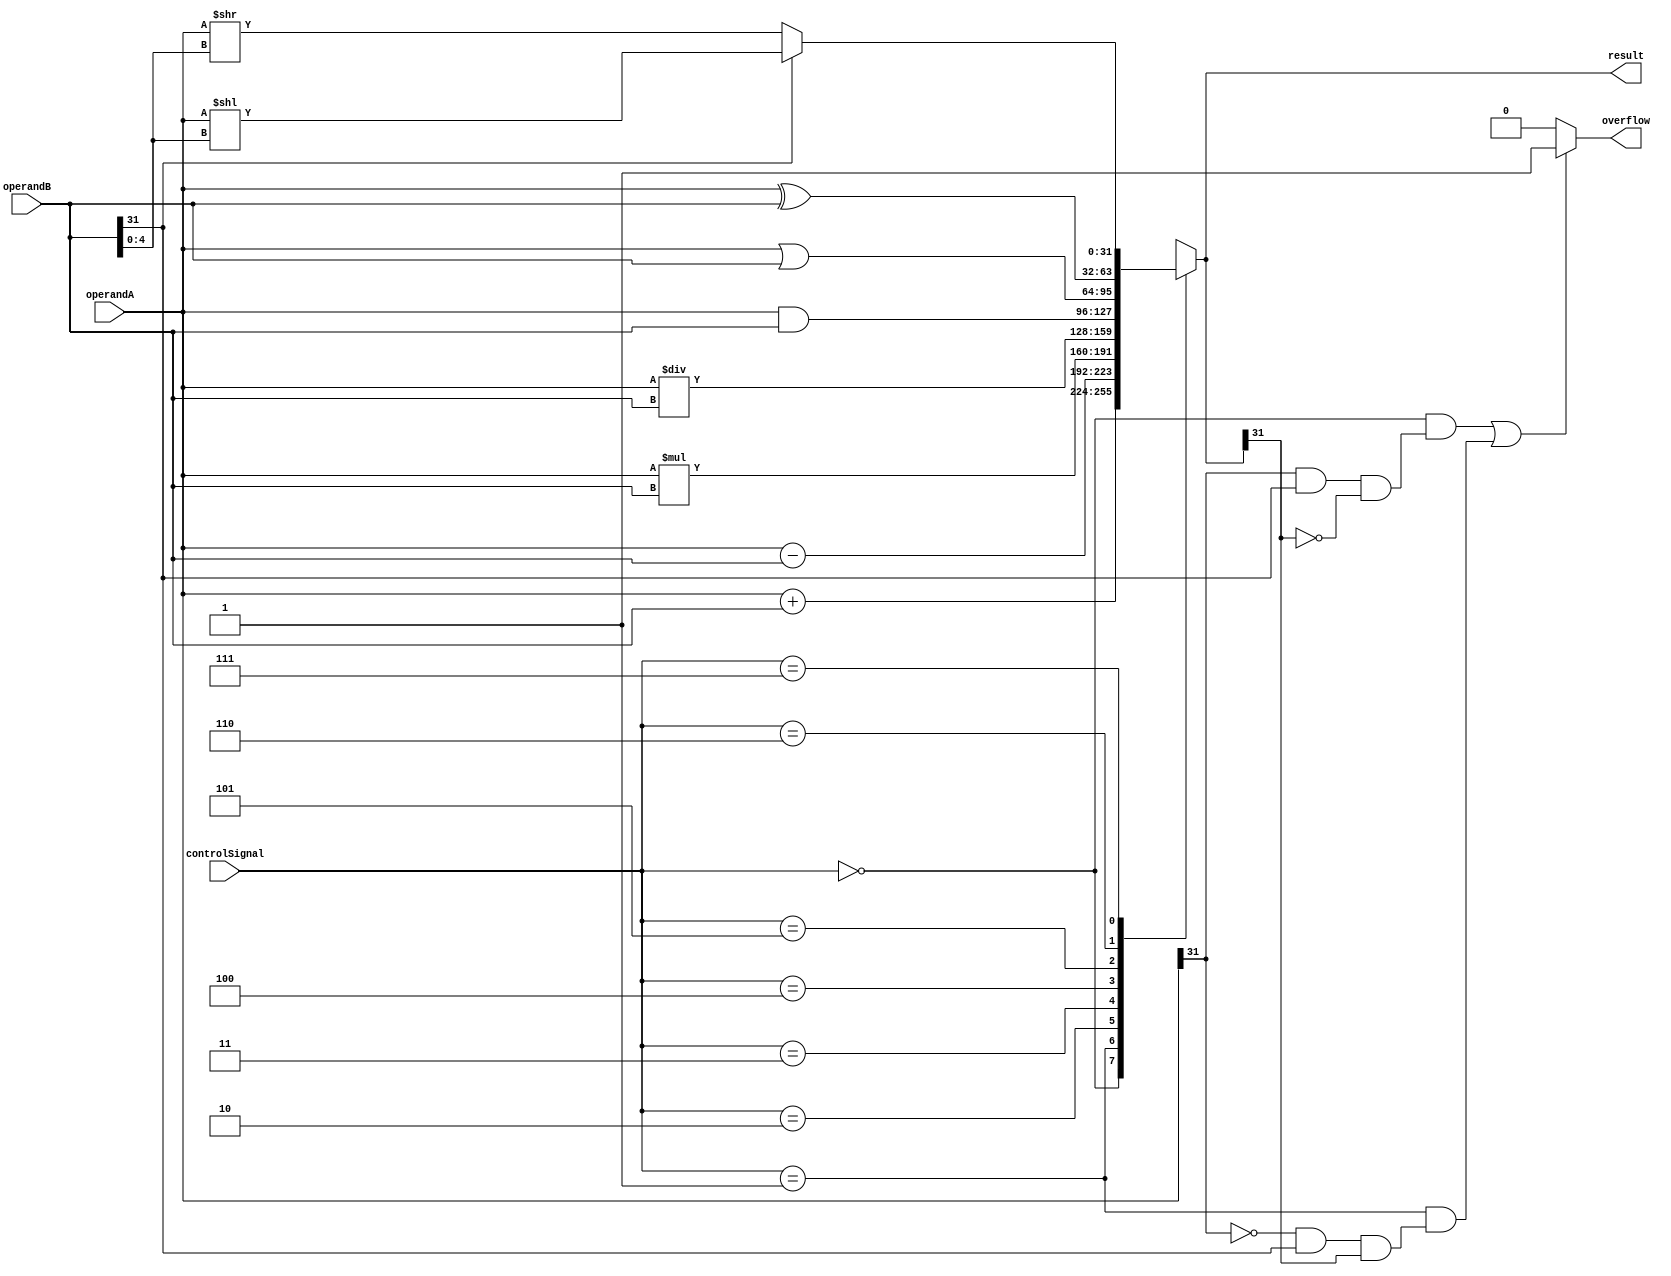
module ALU (
    input [31:0] operandA,
    input [31:0] operandB,
    input [2:0] controlSignal,
    output reg [31:0] result,
    output reg overflow
);

always @ (operandA, operandB, controlSignal) begin
    case (controlSignal)
        3'b000: result = operandA + operandB; // Addition
        3'b001: result = operandA - operandB; // Subtraction
        3'b010: result = operandA * operandB; // Multiplication
        3'b011: result = operandA / operandB; // Division
        3'b100: result = operandA & operandB; // AND
        3'b101: result = operandA | operandB; // OR
        3'b110: result = operandA ^ operandB; // XOR
        3'b111: begin // Shift Operations
            if (operandB[31] == 1) begin
                result = operandA << operandB[4:0];
            end else begin
                result = operandA >> operandB[4:0];
            end
        end
    endcase
    
    if ((controlSignal == 3'b000 && (operandA[31] == 1 && operandB[31] == 1 && result[31] == 0)) ||
        (controlSignal == 3'b001 && (operandA[31] == 0 && operandB[31] == 1 && result[31] == 1))) begin
            overflow = 1;
    end else begin
        overflow = 0;
    end
end

endmodule